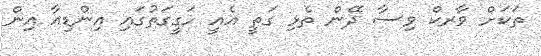
ތަކަށް ވާރކް ވިސާ ދޭން ތެޅި ގަތީ އެއީ ހަގީގަތުގައި އިންޑިއާ އިން